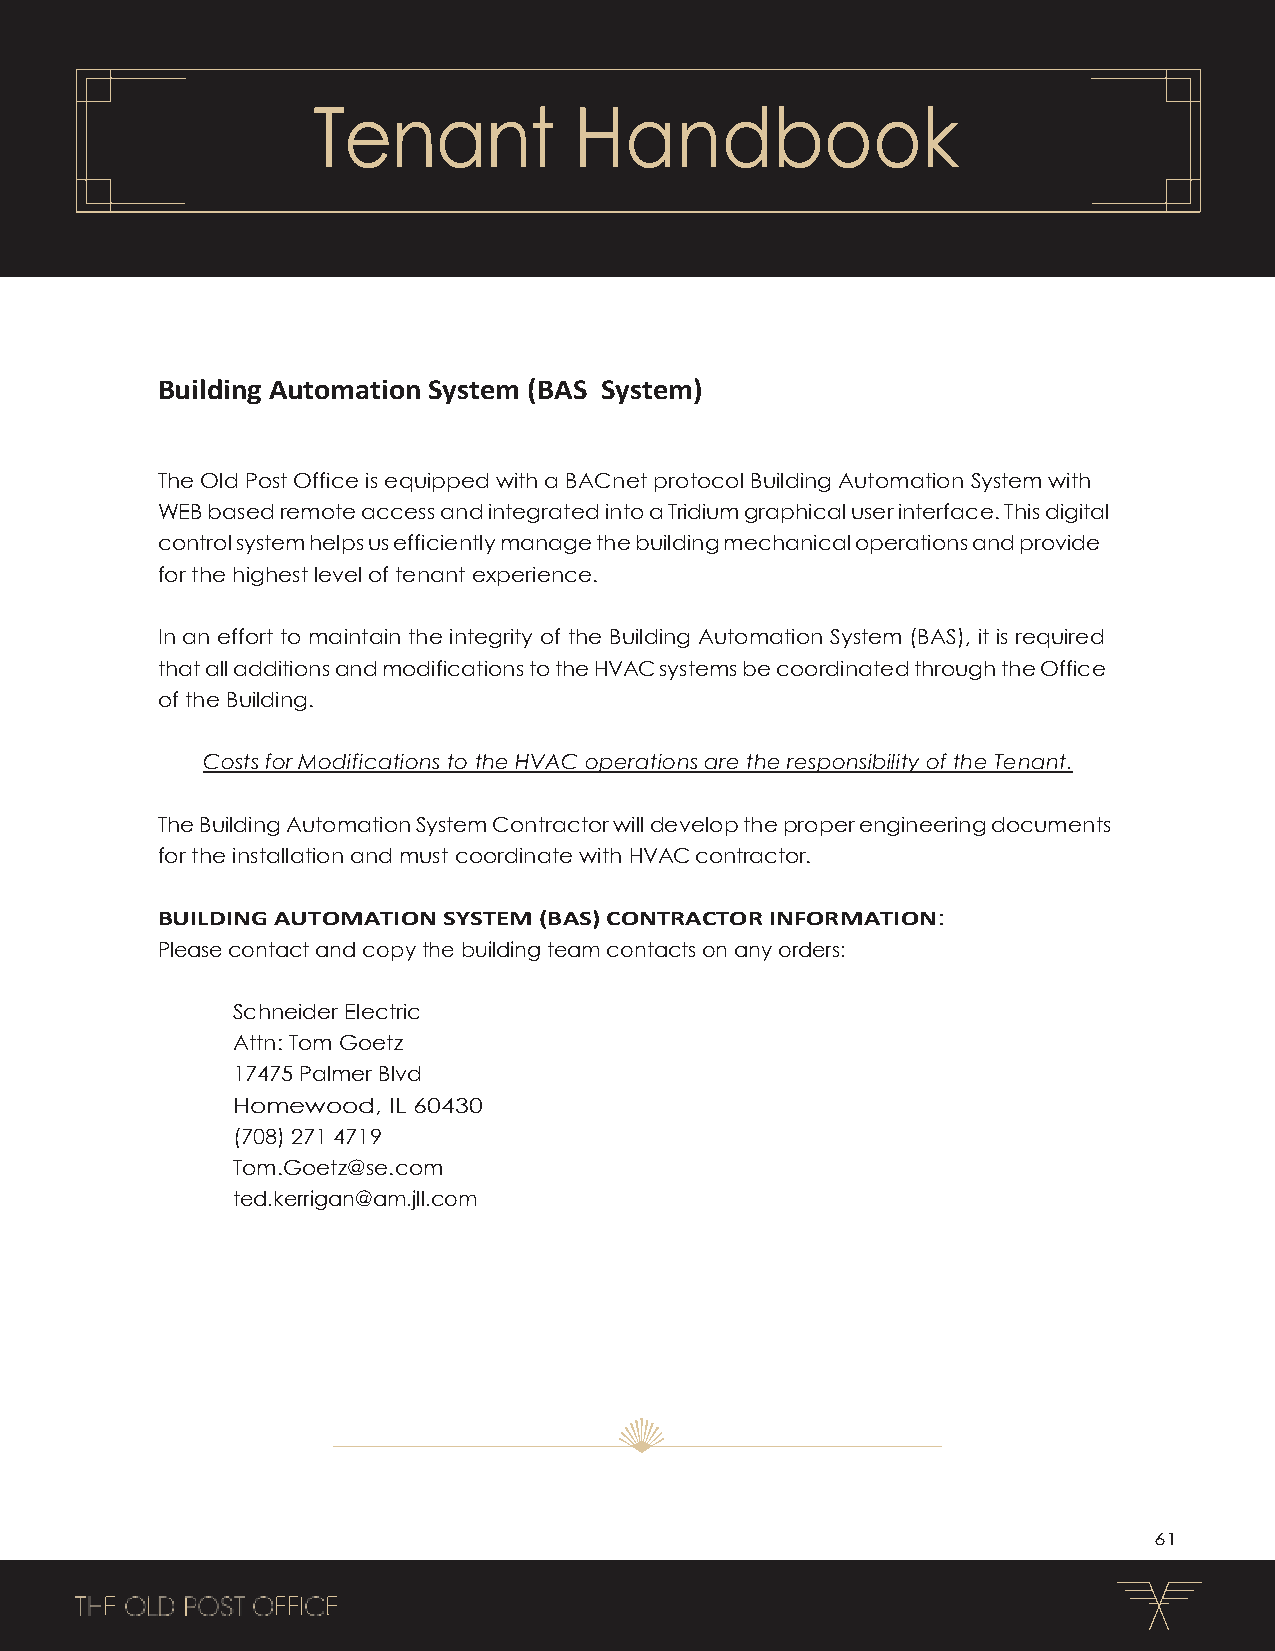
Tenant           Handbook
 Building Automation System (BAS System)
 The Old Post Office is equipped with a BACnet protocol Building Automation System with
 WEB based remote access and integrated into a Tridium graphical user interface. This digital
 control system helps us efficiently manage the building mechanical operations and provide
 for the highest level of tenant experience.
 In an effort to maintain the integrity of the Building Automation System (BAS), it is required
 that all additions and modifications to the HVAC systems be coordinated through the Office
 of the Building.
 Costs for Modifications to the HVAC operations are the responsibility of the Tenant.
 The Building Automation System Contractor will develop the proper engineering documents
 for the installation and must coordinate with HVAC contractor.
 BUILDING AUTOMATION SYSTEM (BAS) CONTRACTOR INFORMATION:
 Please contact and copy the building team contacts on any orders:
 Schneider Electric
 Attn: Tom Goetz
 17475 Palmer Blvd
 Homewood,  IL 60430
 (708) 271 4719
 Tom.Goetz@se.com
 ted.kerrigan@am.jll.com
 61